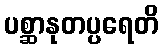
ပစ္ဆာနုတပ္ပရေတိ